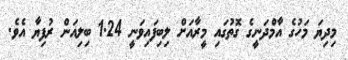
މިދިޔަ މަހުގެ އާމްދަނީގެ ގޮތުގައި މީރާއަށް ލިބިފައިވަނީ 1.24 ބިލިއަން ރުފިޔާ އެވެ.